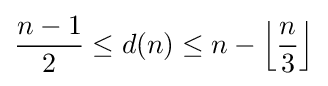
{\frac {n-1}{2}}\leq d(n)\leq n-\left\lfloor {\frac {n}{3}}\right\rfloor